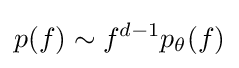
p(f)\sim f^{d-1}p_{\theta }(f)